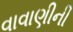
વાવાણીની